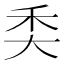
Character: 𥝚